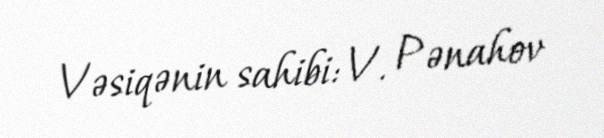
Vəsiqənin sahibi: V. Pənahov